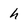
Character: h